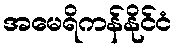
အမေရိကန်နိုင်ငံ